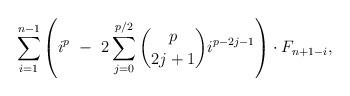
LaTeX: \begin{align*}\ \ \ \ \ \ \ \ \ \ \ \ \ \ \ \ \ \ \sum_{i=1}^{n-1} \left(i^{p} \ - \ 2\sum_{j=0}^{p/2} \binom{p}{2j+1} i^{p-2j-1} \right) \cdot F_{n+1-i},\end{align*}